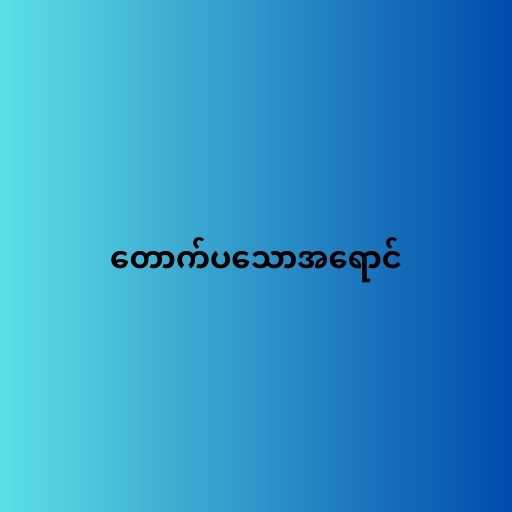
တောက်ပသောအရောင်